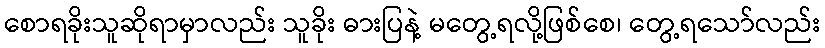
စောရခိုးသူဆိုရာမှာလည်း သူခိုး ဓားပြနဲ့ မတွေ့ရလို့ဖြစ်စေ၊ တွေ့ရသော်လည်း